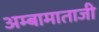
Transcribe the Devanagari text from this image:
अम्बामाताजी